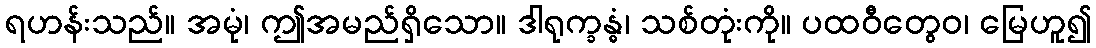
ရဟန်းသည်။ အမုံ၊ ဤအမည်ရှိသော။ ဒါရုက္ခန္ဓံ၊ သစ်တုံးကို။ ပထဝီတွေဝ၊ မြေဟူ၍